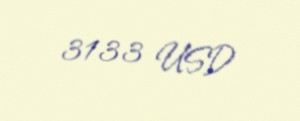
3133 USD